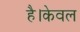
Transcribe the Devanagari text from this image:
है।केवल